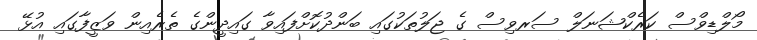
މޯލްޑިވްސް ކަރެކްޝަނަލް ސަރވިސް ގެ ޖަލުތަކުގައި ބަންދުކޮށްފައިވާ ގައިދީންގެ ތެރެއިން ވަޒީފާގައި އުޅޭ